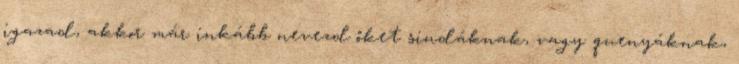
igazad, akkor már inkább nevezd őket sindáknak, vagy quenyáknak,